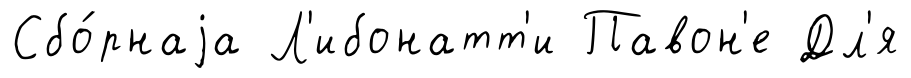
Сбо́рнаjа Л'ибонатт'и Павон'е Дл'я